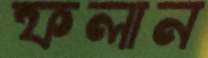
ফলান